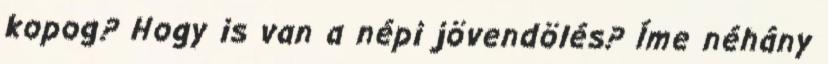
kopog? Hogy is van a népi jövendölés? Íme néhány